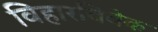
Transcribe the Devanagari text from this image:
विहारविवेक